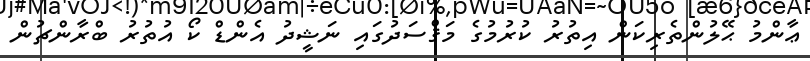
ޢާންމު ޙޭލުންތެރިކަން އިތުރު ކުރުމުގެ މަޤްސަދުގައި ނަޝީދު އެންޑް ކޯ އުތުރު ބްރާންޗުން